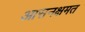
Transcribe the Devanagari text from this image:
आसनक्षमत